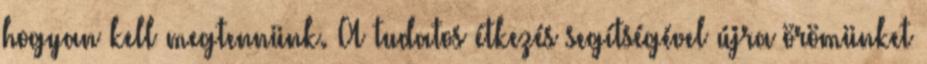
hogyan kell megtennünk. A tudatos étkezés segítségével újra örömünket